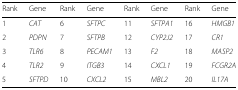
<table><thead><tr><td><b>Rank</b></td><td><b>Gene</b></td><td><b>Rank</b></td><td><b>Gene</b></td><td><b>Rank</b></td><td><b>Gene</b></td><td><b>Rank</b></td><td><b>Gene</b></td></tr></thead><tbody><tr><td>1</td><td><i>CAT</i></td><td>6</td><td><i>SFTPC</i></td><td>11</td><td><i>SFTPA1</i></td><td>16</td><td><i>HMGB1</i></td></tr><tr><td>2</td><td><i>PDPN</i></td><td>7</td><td><i>SFTPB</i></td><td>12</td><td><i>CYP2J2</i></td><td>17</td><td><i>CR1</i></td></tr><tr><td>3</td><td><i>TLR6</i></td><td>8</td><td><i>PECAM1</i></td><td>13</td><td><i>F2</i></td><td>18</td><td><i>MASP2</i></td></tr><tr><td>4</td><td><i>TLR2</i></td><td>9</td><td><i>ITGB3</i></td><td>14</td><td><i>CXCL1</i></td><td>19</td><td><i>FCGR2A</i></td></tr><tr><td>5</td><td><i>SFTPD</i></td><td>10</td><td><i>CXCL2</i></td><td>15</td><td><i>MBL2</i></td><td>20</td><td><i>IL17A</i></td></tr></tbody></table>